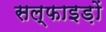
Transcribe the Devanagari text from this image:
सल्फाइड़ों